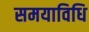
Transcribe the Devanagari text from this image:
समयाविधि